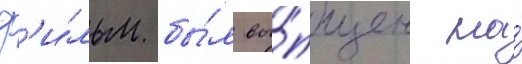
Ф'и́льм бы́л вы́пущен на́